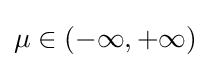
\mu \in (-\infty ,+\infty )